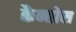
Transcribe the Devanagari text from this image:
कैन्तोस